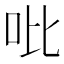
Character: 吡